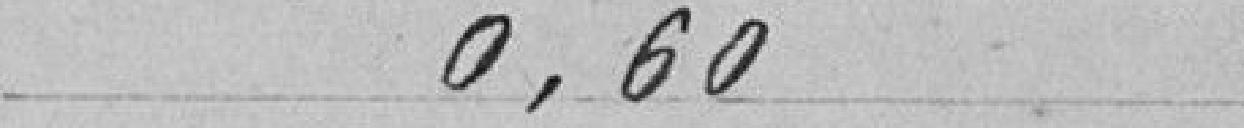
0,60